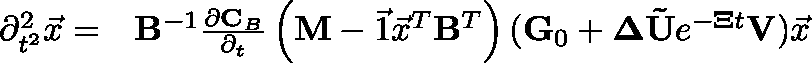
\begin{array} { r l } { \partial _ { t ^ { 2 } } ^ { 2 } \vec { x } = } & { { } \mathbf { B } ^ { - 1 } \frac { \partial \mathbf { C } _ { B } } { \partial _ { t } } \left( \mathbf { M } - \vec { 1 } \vec { x } ^ { T } \mathbf { B } ^ { T } \right) ( \mathbf { G } _ { 0 } + \mathbf { \Delta } \mathbf { \tilde { U } } e ^ { - \mathbf { \Xi } t } \mathbf { V } ) \vec { x } } \end{array}